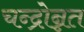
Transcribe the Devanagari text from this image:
चन्द्रोन्नत